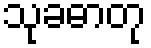
သုခဓာတု